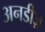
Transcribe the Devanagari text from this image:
अनडीज़